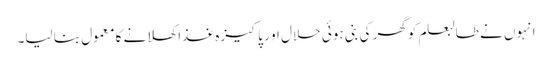
انہوں نے طالبعلم کوگھر کی بنی ہوئی حلال او ر پاکیزہ غذا کھلانے کا معمول بنا لیا۔